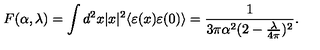
F ( \alpha , \lambda ) = \int d ^ { 2 } x | x | ^ { 2 } \langle \varepsilon ( x ) \varepsilon ( 0 ) \rangle = \frac { 1 } { 3 \pi \alpha ^ { 2 } ( 2 - \frac { \lambda } { 4 \pi } ) ^ { 2 } } .